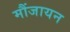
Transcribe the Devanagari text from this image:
मौंजायन